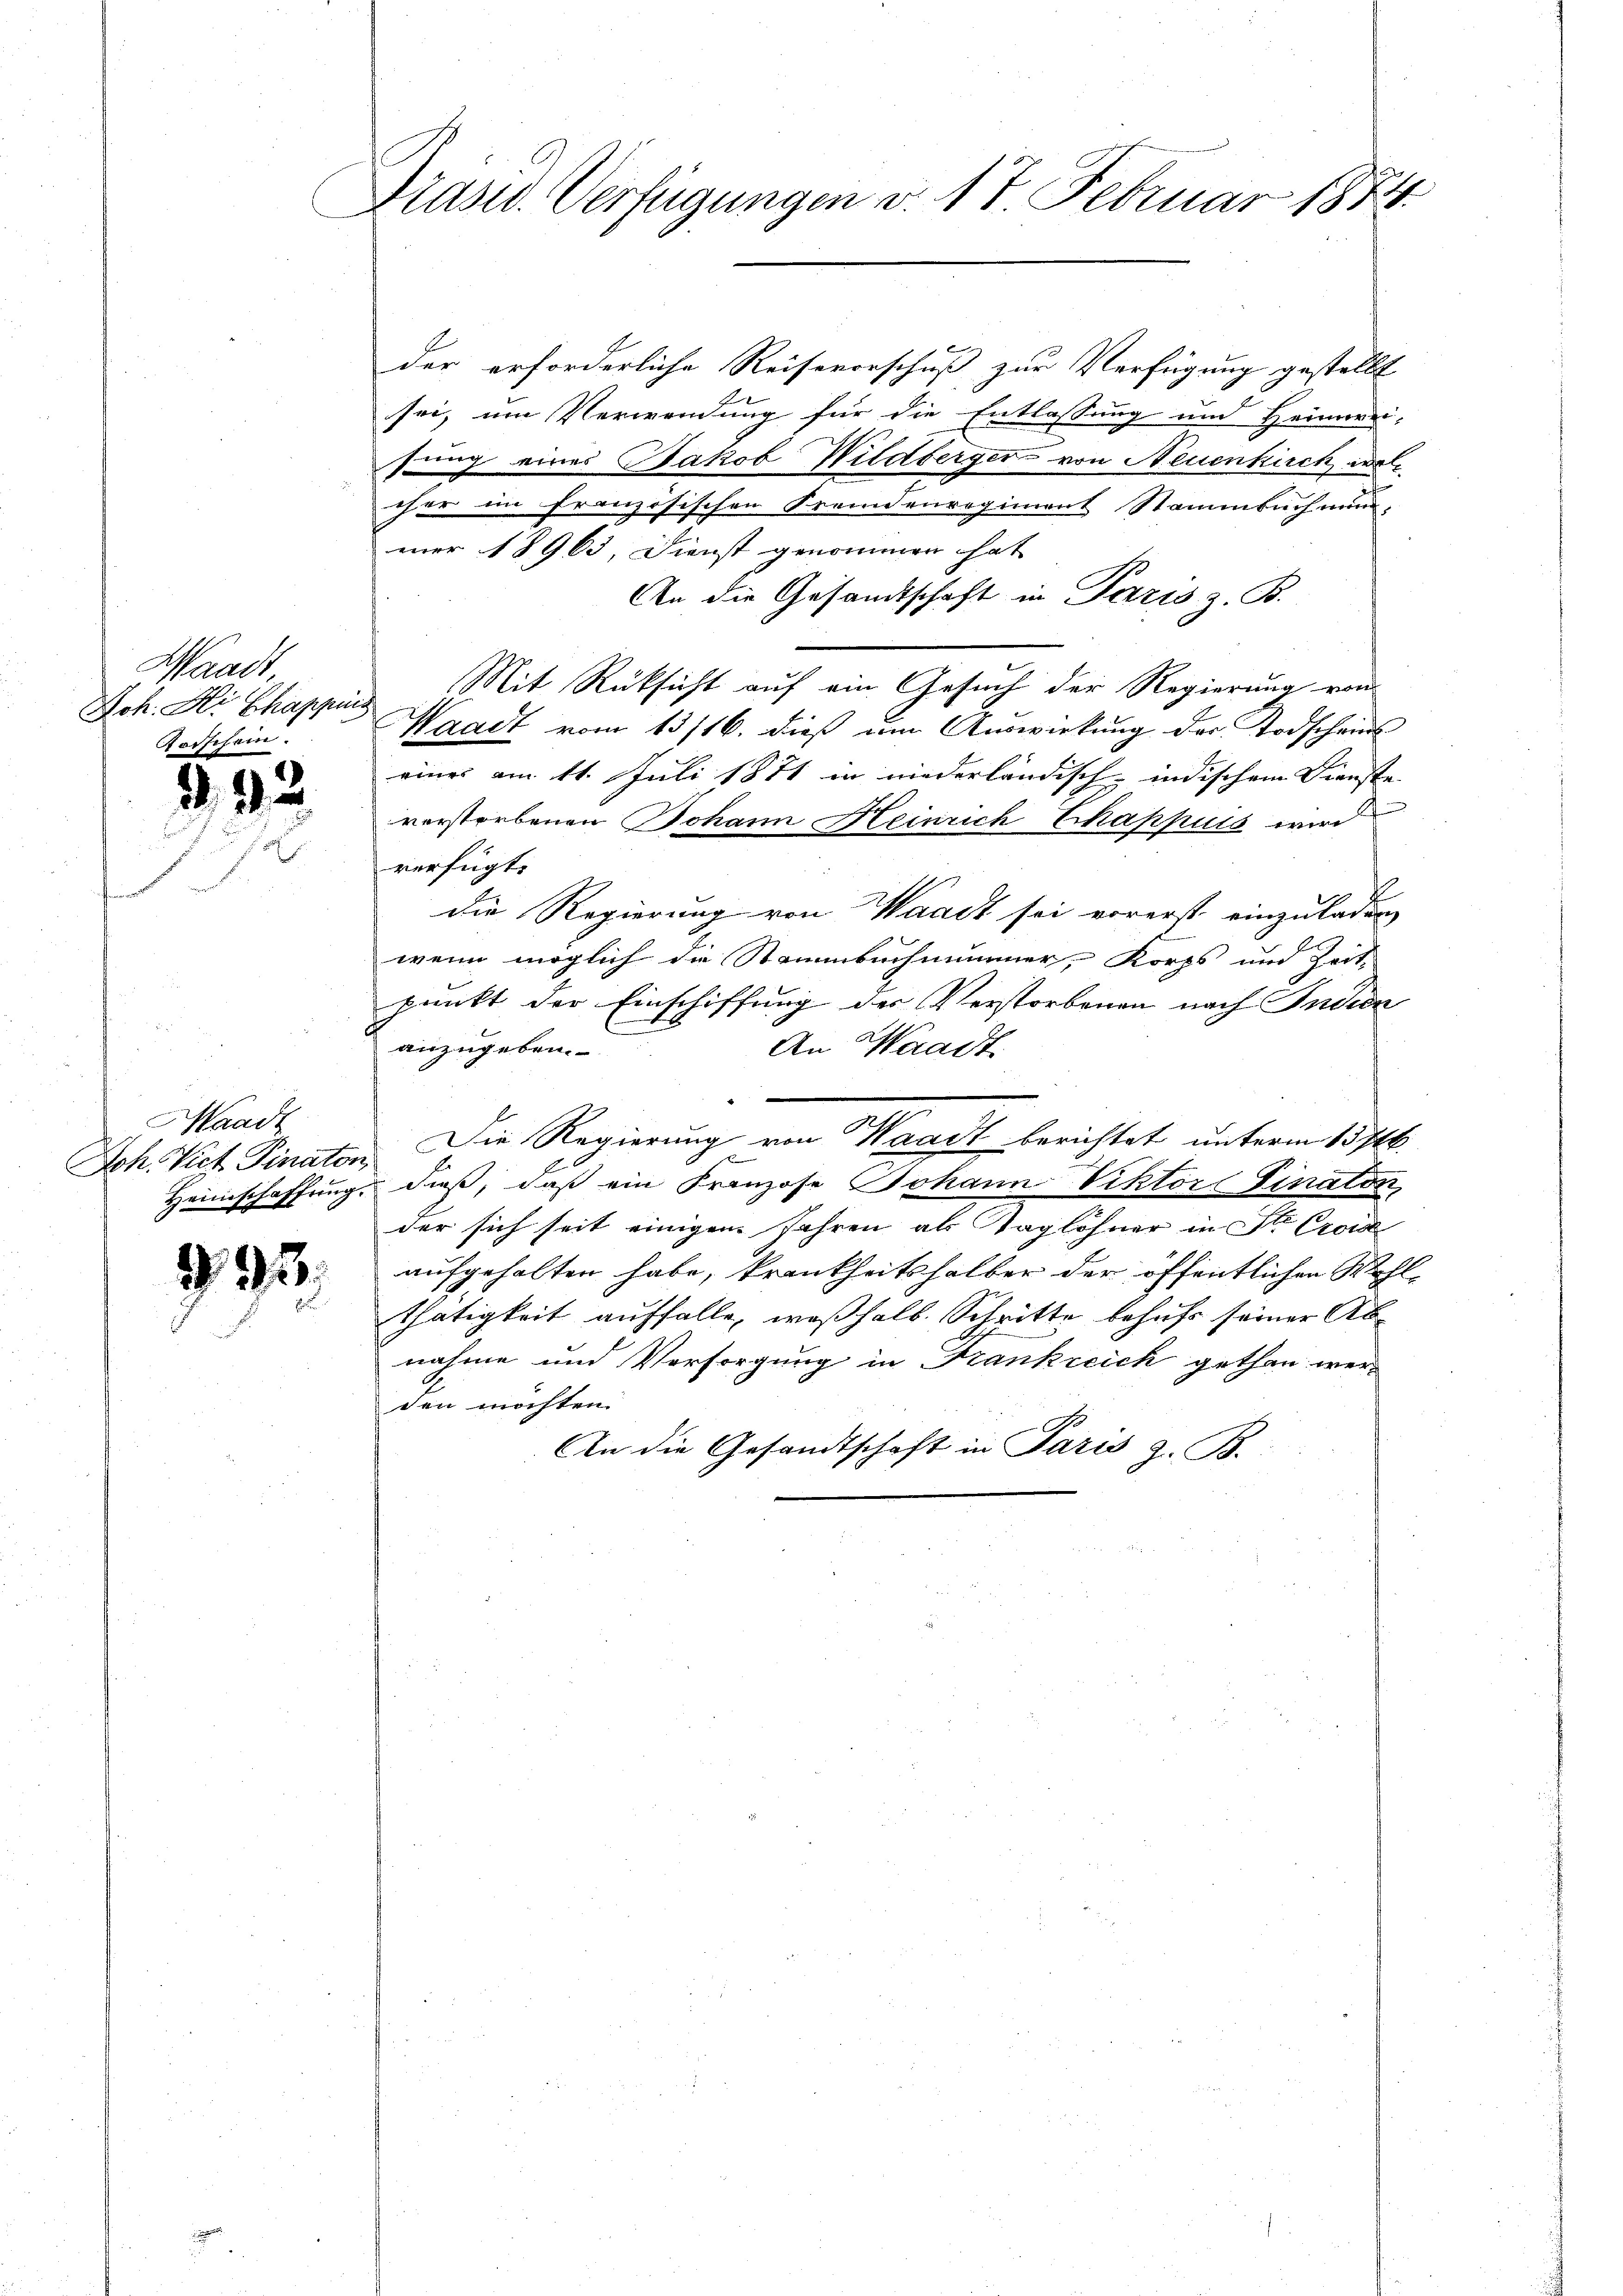
Waadt
Joh. Hi Chappiis
Rorschein.

G. 92.

Waadt
Heimschaffung.

§ 92

Prasw. Verfügungen v. 17. Februar 1874.

der erforderliche Reisevorschuß zur Verfügung gestellt
sei, um Verwendung für die Entlassung und Heimwei-
sung eines Jakob Wildberger von Neuenkirch wol
eher im französischen Fremdenregiment Stammbach nun,
mer 18963, Dienst genommen hat
An die Gesandtschaft in Paris z. B.
Mit Rücksicht auf ein Gesuch der Regierung von
Waadt vom 13/16. dieß um Auswirkung der Todscheins
einer am 11. Juli 1871 in niederländisch-indischem Dienste
verstorbenen Johann Heinrich Chappuis wird
verfügt:
die Regierung von Waadt sei vorerst einzuladen
wenn möglich die Stammbuchnammer, Korps und Zeit-
punkt der Einschiffung des Verstorbenen nach Indien
anzugeben.
An Waadt
Joh. Vict Pinator Die Regierung von Waadt berichtet unterm 13 st
dieß, daß ein Franzose Johann Viktor Finator,
der sich seit einigen Jahren als Taglöhner in St. Croid
aufgehalten habe, krankheitshalber der öffentlichen Wohlthätigkeit auffalle, weßhalb. Schritte behufs seiner Abnahme und Vorsorgung in Frankreich gethan wer
den möchten.
An die Gesandtschaft in Paris z. B.